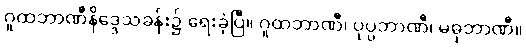
ဂူထဘာဏီနိဒ္ဒေသခန်း၌ ရေးခဲ့ပြီ။ ဂူထဘာဏီ၊ ပုပ္ပဘာဏီ၊ မဓုဘာဏီ။